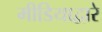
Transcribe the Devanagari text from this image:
मीडियाद्वारे